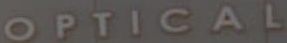
OPTICAL